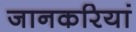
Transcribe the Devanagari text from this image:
जानकरियां